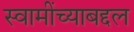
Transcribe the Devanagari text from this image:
स्वामींच्याबद्दल